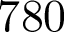
7 8 0